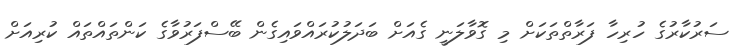
ސަރުކާރުގެ ހުރިހާ ފަރާތްތަކަށް މި ގޮވާލަނީ ގެއަށް ބަދަލުކުރައްވައިގެން ބޭސްފަރުވާގެ ކަންތައްތައް ކުރިއަށް